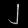
Digit: ၂